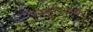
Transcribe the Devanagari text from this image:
स्मृतिअंक